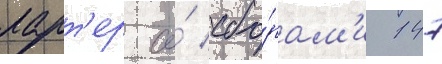
ларт'ер со́ сбо́рам'и 147